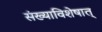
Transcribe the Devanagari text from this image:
संख्याविशेषात्